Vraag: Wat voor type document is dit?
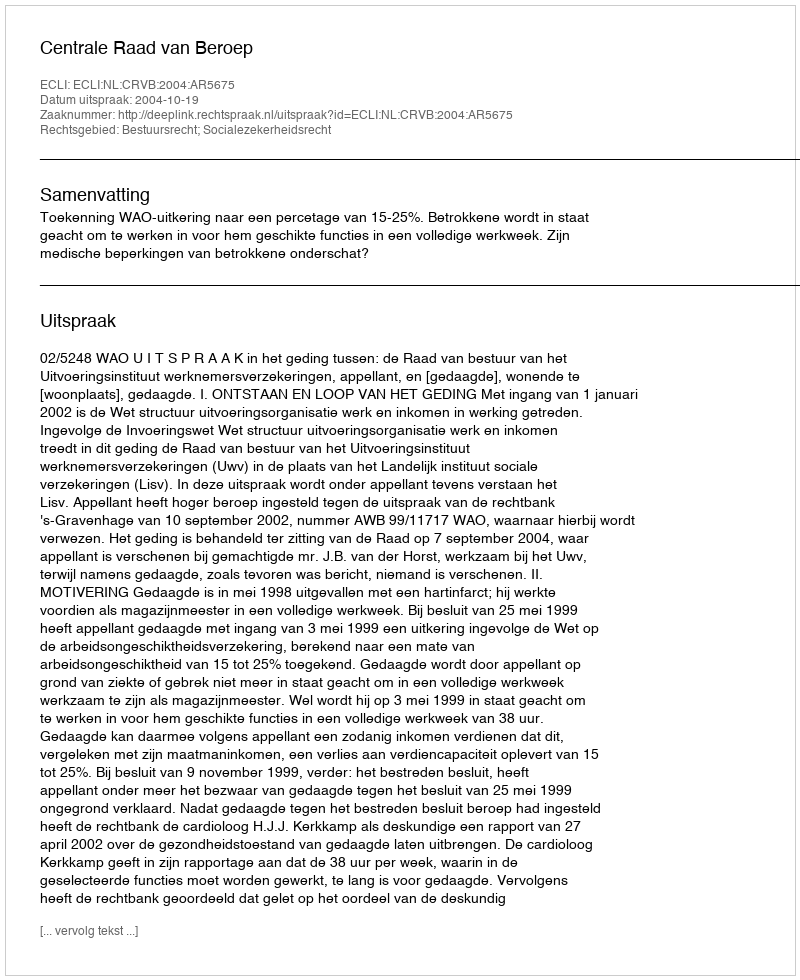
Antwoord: Uitspraak